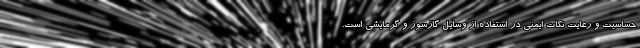
حساسیت و رعایت نکات ایمنی در استفاده از وسایل گازسوز و گرمایشی است.